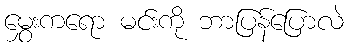
မွှေးကရော မင်းကို ဘာပြန်ပြောလဲ